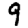
Digit: 9